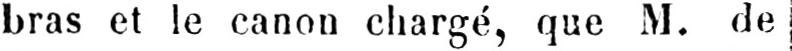
bras et le canon chargé, que M. de